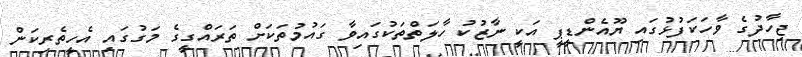
ޖިހާދުގެ ވާހަކަފުޅުގައި ޔޫއެންޑީޕީ އަކީ ނާޒުކު ހާލަތްތަކުގައިވާ ގައުމުތަކަށް ތަރައްގީގެ މަގުގައި އެހީތެރިކަން